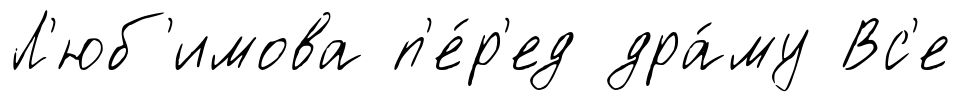
Л'юб'имова п'е́р'ед дра́му Вс'е